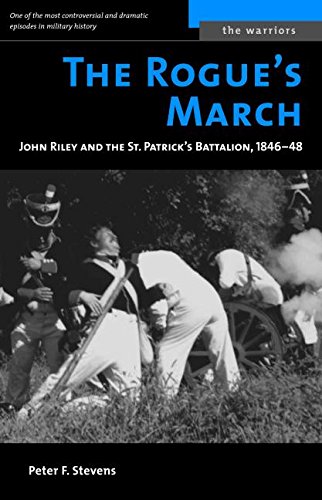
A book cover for The Rogue's March: John Riley and the St. Patrick's Battalion, 1846-48 (The Warriors); Peter F Stevens; History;